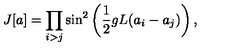
J [ a ] = \prod _ { i > j } \sin ^ { 2 } \left( \frac { 1 } { 2 } g L ( a _ { i } - a _ { j } ) \right) ,